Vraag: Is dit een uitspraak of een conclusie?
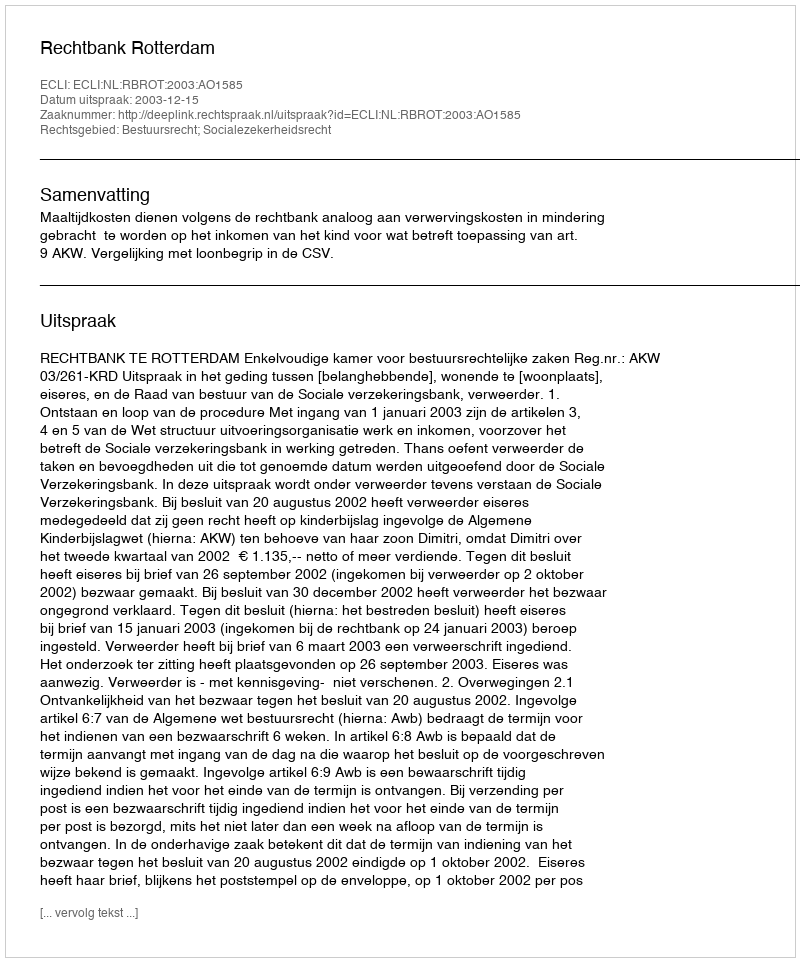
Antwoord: Uitspraak